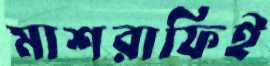
মাশরাফিই